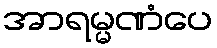
အာရမ္မဏံပေ